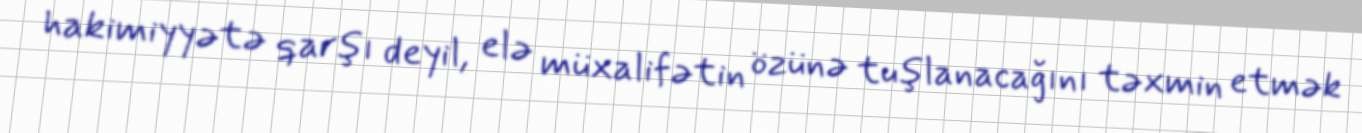
hakimiyyətə qarşı deyil, elə müxalifətin özünə tuşlanacağını təxmin etmək